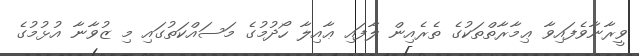
ވީރާނާވެފައިވާ ޢިމާރާތްތަކުގެ ތެރެއިން ލާފައި ޢާއިލާ ހޯދުމުގެ މަސައްކަތުގައި މި ޒުވާނާ އުޅުމުގެ